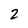
Character: 2